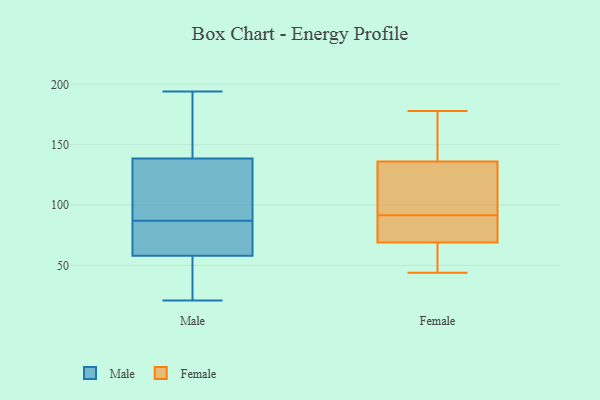
{"axis": {"x": "Customer Acquisition Cost (USD)", "y": "Value"}, "legend": ["Female", "Male"], "data": [{"x": "", "y": 186, "type": "Male"}, {"x": "", "y": 37, "type": "Male"}, {"x": "", "y": 21, "type": "Male"}, {"x": "", "y": 85, "type": "Male"}, {"x": "", "y": 101, "type": "Male"}, {"x": "", "y": 101, "type": "Male"}, {"x": "", "y": 82, "type": "Male"}, {"x": "", "y": 194, "type": "Male"}, {"x": "", "y": 176, "type": "Male"}, {"x": "", "y": 89, "type": "Male"}, {"x": "", "y": 79, "type": "Male"}, {"x": "", "y": 37, "type": "Male"}, {"x": "", "y": 161, "type": "Female"}, {"x": "", "y": 83, "type": "Female"}, {"x": "", "y": 109, "type": "Female"}, {"x": "", "y": 44, "type": "Female"}, {"x": "", "y": 178, "type": "Female"}, {"x": "", "y": 69, "type": "Female"}, {"x": "", "y": 100, "type": "Female"}, {"x": "", "y": 59, "type": "Female"}, {"x": "", "y": 118, "type": "Female"}, {"x": "", "y": 72, "type": "Female"}, {"x": "", "y": 71, "type": "Female"}, {"x": "", "y": 50, "type": "Female"}, {"x": "", "y": 128, "type": "Female"}, {"x": "", "y": 136, "type": "Female"}, {"x": "", "y": 156, "type": "Female"}, {"x": "", "y": 166, "type": "Female"}, {"x": "", "y": 73, "type": "Female"}, {"x": "", "y": 46, "type": "Female"}]}